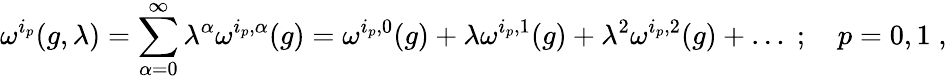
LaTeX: \omega^{i_{p}}(g,\lambda)=\sum_{\alpha=0}^{\infty}\lambda^{\alpha}\omega^{i_{p},\alpha}(g)=\omega^{i_{p},0}(g)+\lambda\omega^{i_{p},1}(g)+\lambda^{2}\omega^{i_{p},2}(g)+\ldots\; ;\quad p=0,1\; ,